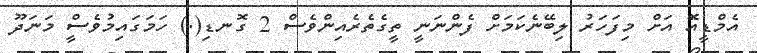
އެމްޑީއޭޮ އަށް މިފަހަރު ލިބޭނެކަމަށް ފެންނަނީީ ތީގެތެރެއިންވެސް 2 ގޮނޑި(.) ހަމަގައިމުވެސްީ މަނަދޫ